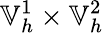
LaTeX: \mathbb{V}_{h}^{1}\times\mathbb{V}_{h}^{2}